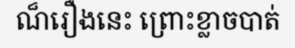
ណ៏រឿងនេះ ព្រោះខ្លាចបាត់